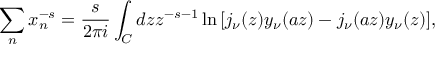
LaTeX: \sum _ { n } x _ { n } ^ { - s } = { \frac { s } { 2 \pi i } } \int _ { C } d z z ^ { - s - 1 } \ln { \left[ j _ { \nu } ( z ) y _ { \nu } ( a z ) - j _ { \nu } ( a z ) y _ { \nu } ( z ) \right] } ,